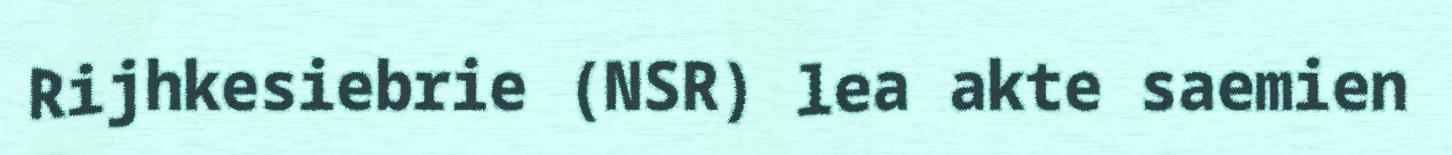
Rijhkesiebrie (NSR) lea akte saemien